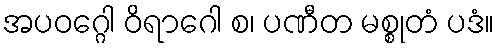
အပဝဂ္ဂေါ ဝိရာဂေါ စ၊ ပဏီတ မစ္စုတံ ပဒံ။